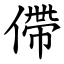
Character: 僀